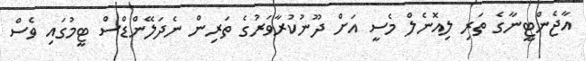
އާޖެންޓީނާގެ ތަރި ލިއޮނެލް މެސީ އަށް ދޫނުކުރާވަރުގެ ތަރިން ނެދަލޭންޑްސް ޓީމުގައި ވެސް